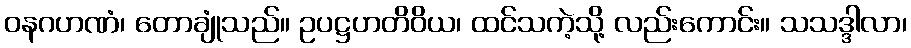
ဝနဂဟဏံ၊ တောချုံသည်။ ဥပဋ္ဌဟတိဝိယ၊ ထင်သကဲ့သို့ လည်းကောင်း။ သသဒ္ဒါလာ၊